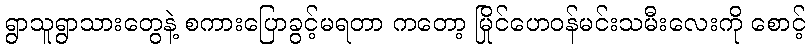
ရွာသူရွာသားတွေနဲ့ စကားပြောခွင့်မရတာ ကတော့ မြိုင်ဟေဝန်မင်းသမီးလေးကို စောင့်